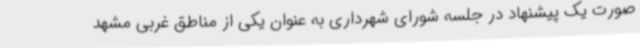
صورت یک پیشنهاد در جلسه شورای شهرداری به عنوان یکی از مناطق غربی مشهد